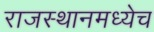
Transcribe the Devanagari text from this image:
राजस्थानमध्येच